Statistical return of the lunatic asylum in Assam - 1912-1932
Year: 1912
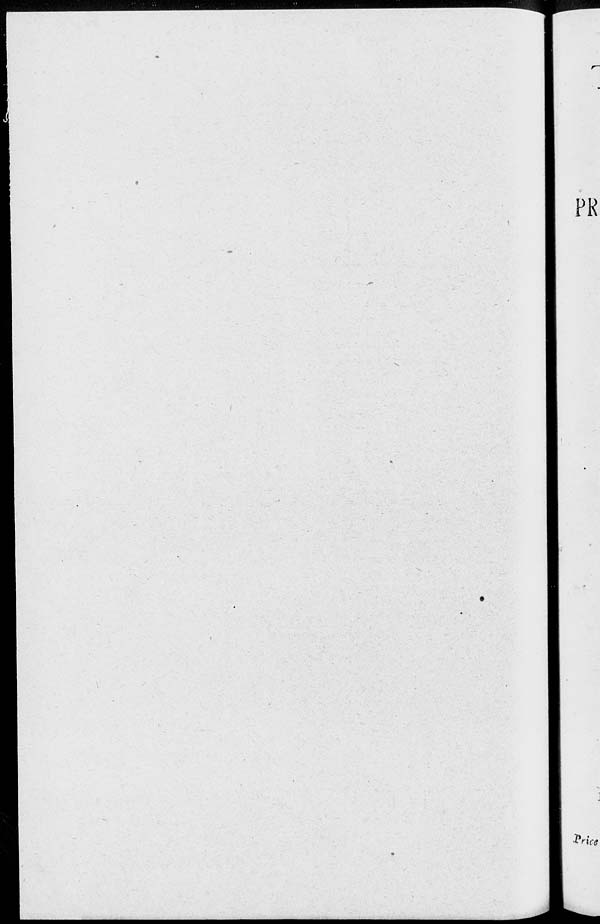
PR
■ Pri nee